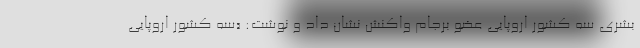
بشری سه کشور اروپایی عضو برجام واکنش نشان داد و نوشت: «سه کشور اروپایی